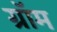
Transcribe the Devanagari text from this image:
ग्रॉम